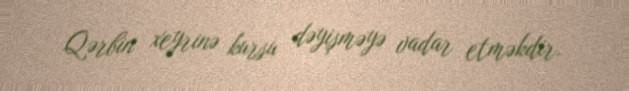
Qərbin xeyrinə kursu dəyişməyə vadar etməkdir.